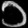
Digit: ၁